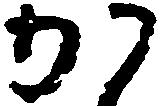
か